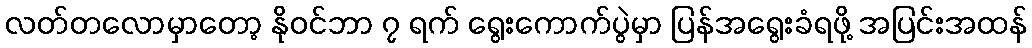
လတ်တလောမှာတော့ နိုဝင်ဘာ ၇ ရက် ရွေးကောက်ပွဲမှာ ပြန်အရွေးခံရဖို့ အပြင်းအထန်